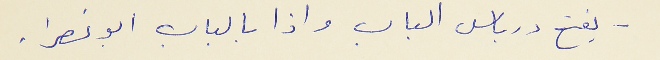
يفتح درباس الباب واذا بالباب ابو نصرا .